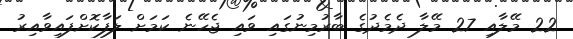
22 މޭލާއި 27 މޭލާ ދެމެދުގެ ބާރުމިނުގައި ވައި ޖެހޭނެ ކަމަށް ލަފާކޮށްފައިވާއިރު